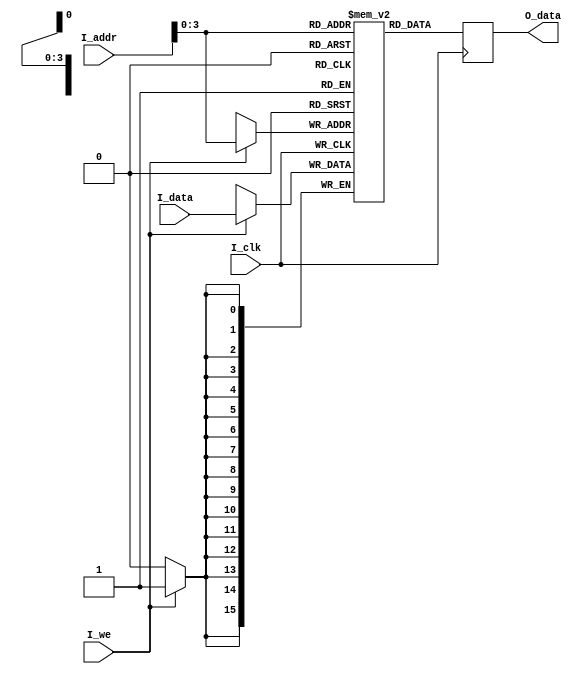
`timescale 1ns / 1ps
//////////////////////////////////////////////////////////////////////////////////
// Company: 
// Engineer: 
// 
// Design Name: 
// Module Name: Fake Ram
// Project Name: 
// Target Devices: 
// Tool Versions: 
// Description: 
// 
// Dependencies: 
// 
// Revision:
// Revision 0.01 - File Created
// Additional Comments:
// 
//////////////////////////////////////////////////////////////////////////////////


module fake_ram ( 
input I_clk,
input I_we,
input [15:0] I_addr, 
input [15:0] I_data,
output reg [15:0] O_data
);
reg [15:0] mem [8:0];
initial begin
		mem[0] = 16'b1000000011111110;
		mem[1] = 16'b1000100111101101;
		mem[2] = 16'b0010001000100000;
		mem[3] = 16'b1000001100000001;
		mem[4] = 16'b1000010000000001;
		mem[5] = 16'b0000001101110000;
		mem[6] = 16'b1100000000000101;
		mem[7] = 0;
		mem[8] = 0;
	O_data = 16'b0000000000000000;
	end
	always@(negedge I_clk)begin
		if(I_we) begin  
		mem[I_addr[15:0]] <= I_data;
	end
		O_data <= mem[I_addr[15:0]] ;
	end
endmodule